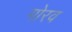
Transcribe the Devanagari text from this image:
गोरव